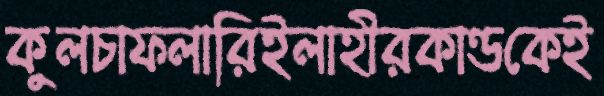
কুলচাফলারিইলাহীরকাণ্ডকেই